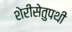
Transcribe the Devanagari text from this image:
शेरीसेतुपथी